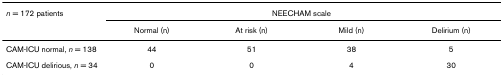
| n = 172 patients | <COLSPAN=4> NEECHAM scale |
 |  | Normal (n) | At risk (n) | Mild (n) | Delirium (n) |
 | --- | --- | --- | --- | --- |
 | CAM-ICU normal, n = 138 | 44 | 51 | 38 | 5 |
 | CAM-ICU delirious, n = 34 | 0 | 0 | 4 | 30 |